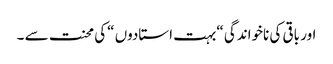
اور باقی کی ناخواندگی “بہت استادوں “کی محنت سے ۔